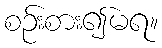
စဉ်းစား၍မရ။